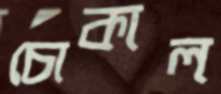
চোকাল